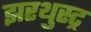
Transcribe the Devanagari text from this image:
झरथुस्ट्र